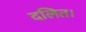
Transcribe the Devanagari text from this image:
दलित।